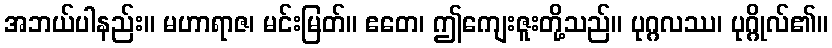
အဘယ်ပါနည်း။ မဟာရာဇ၊ မင်းမြတ်။ ဧတေ၊ ဤကျေးဇူးတို့သည်။ ပုဂ္ဂလဿ၊ ပုဂ္ဂိုလ်၏။